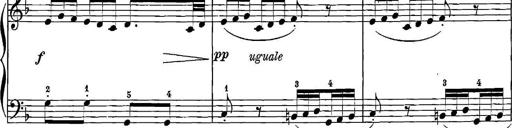
Title: 12 Sonatinas
Composer: Ignaz Pleyel